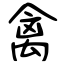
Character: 禽